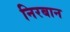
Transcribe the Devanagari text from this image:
निरबान